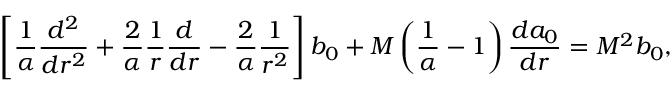
\left[ { \frac { 1 } { \alpha } } { \frac { d ^ { 2 } } { d r ^ { 2 } } } + { \frac { 2 } { \alpha } } { \frac { 1 } { r } } { \frac { d } { d r } } - { \frac { 2 } { \alpha } } { \frac { 1 } { r ^ { 2 } } } \right] b _ { 0 } + M \left( { \frac { 1 } { \alpha } } - 1 \right) { \frac { d a _ { 0 } } { d r } } = M ^ { 2 } b _ { 0 } ,